Lunatic asylums Madras 1877-1891 - 1877-1891
Year: 1877
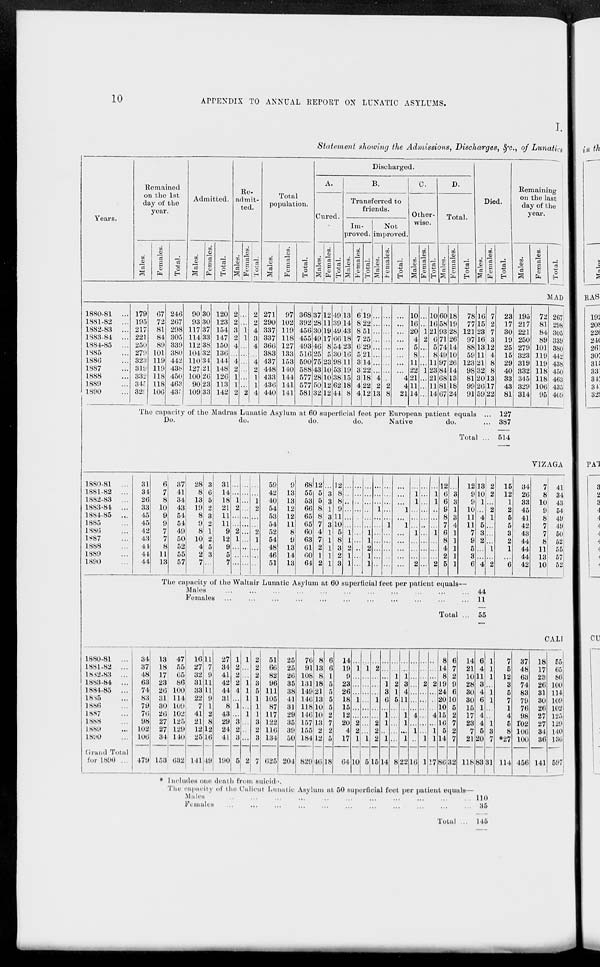
10
APPENDIX TO ANNUAL REPORT ON LUNATIC ASYLUMS.
I.
Statement showing the Admissions, Discharges, &c., of Lunatics
Years.
1880-81 ...
1881-82 ...
1882-83 ...
1883-84 ...
1884-85 ...
1885 ...
1886 ...
1887 ...
1888 ...
1889 ...
1890 ...
1880-81 ...
1881-82 ...
1882-83 ...
1883-84 ...
1884-85 ...
1885 ...
1886 ...
1887 ...
1888 ...
1889 ...
1890 ...
1880-81 ...
1881-82 ...
1882-83 ...
1883-84 ...
1884-85 ...
1885 ...
1886 ...
1887 ...
1888 ...
1889 ...
1890 ...
Grand Total
for 1890 ...
Remained
on the 1st
day of the
year.
Males.
Females.
Total.
Admitted.
Males.
Females.
Total.
Re-
admit-
ted.
Males.
Females.
Total.
Total
population.
Males.
Females.
Total.
Discharged.
A.
Cured.
Males.
Females.
Total.
B.
Transferred to
friends.
Im-
proved.
Males.
Females.
Total.
Not
improved.
Males.
Females.
Total.
C.
Other-
wise.
Males.
Females.
Total.
D.
Total.
Males.
Females.
Total.
Died.
Males.
Females.
Total.
Remaining
on the last
day of the
year.
Males.
Females.
Total.
MAD
179
195
217
221
250
279
323
319
332
345
329
67
72
81
84
89
101
119
119
118
118
106
246
267
298
305
339
380
442
438
450
463
435
90
93
117
114
112
104
110
127
100
90
109
30
30
37
33
38
32
34
21
26
23
33
120
123
154
147
150
136
144
148
126
113
142
2
2
3
2
4
...
4
2
1
1
2
...
...
1
1
...
...
...
...
...
...
2
2
2
4
3
4
...
4
2
1
1
4
271
290
337
337
366
383
437
448
433
436
440
97
102
119
118
127
133
153
140
144
141
141
368
392
456
455
493
516
590
588
577
577
581
37
28
30
49
46
25
75
43
28
50
32
12
11
19
17
8
5
23
10
10
12
12
49
39
49
66
54
30
98
53
38
62
44
13
14
43
18
23
16
11
19
15
18
8
6
8
8
7
6
5
3
3
3
4
4
19
22
51
25
29
21
14
22
18
22
12
...
...
...
...
...
...
...
...
4
2
13
...
...
...
...
...
...
...
...
...
2
8
...
...
...
...
...
...
...
...
4
...
4
21
10
16
20
4
5
8
11
22
21
11
14
...
...
1
2
...
...
1
...
...
...
10
16
21
6
5
8
11
23
21
11
14
60
58
93
71
74
49
97
84
68
81
67
18
19
28
26
14
10
26
14
13
18
24
78
77
121
97
88
59
123
98
81
99
91
16
15
23
16
13
11
21
32
20
26
59
7
2
7
3
12
4
8
8
13
17
22
The capacity of the Madras Lunatic Asylum at 60 superficial feet per European patient equals ...
Do.
do.
do.
do.
Native
do.
Total ...
23
17
30
19
25
15
29
40
33
43
81
127
387
514
195
217
221
250
279
323
319
332
345
329
314
72
81
84
89
101
119
119
118
118
106
95
267
298
305
339
380
442
438
450
463
435
409
VIZAGA
31
34
26
33
45
45
42
43
44
44
44
6
7
8
10
9
9
7
7
8
11
13
37
41
34
43
54
54
49
50
52
55
57
28
8
13
19
8
9
8
10
4
2
7
3
6
5
2
3
2
1
2
5
3
...
31
14
18
21
11
11
9
12
9
5
7
...
...
1
2
...
...
2
1
...
...
...
...
...
...
...
...
...
...
...
...
...
...
...
...
1
2
...
...
2
1
...
...
...
59
42
40
54
53
54
52
54
48
46
51
9
13
13
12
12
11
8
9
13
14
13
68
55
53
66
65
65
60
63
61
60
64
12
5
5
8
8
7
4
7
2
1
2
...
3
3
1
3
3
1
1
1
1
1
12
8
8
9
11
10
5
8
3
2
3
...
...
...
...
...
...
1
1
2
1
1
...
...
...
...
...
...
...
...
...
...
...
...
...
...
...
...
...
1
1
2
1
1
...
...
...
1
...
...
...
...
...
...
...
...
...
...
...
1
...
...
...
...
...
...
...
...
1
...
1
...
...
...
...
...
...
1
1
...
...
...
1
...
...
...
2
...
...
...
...
...
...
...
...
...
...
...
...
1
1
...
...
...
1
...
...
...
2
12
6
6
9
8
7
6
8
4
2
5
...
3
3
1
3
4
1
1
1
1
1
12
9
9
10
11
11
7
9
5
3
6
The capacity of the Waltair Lunatic Asylum at 60 superficial feet per patient equals—
Males ... ... ... ... ... ... ... ... ... ... ... ...
Females
...
...
...
...
...
...
...
...
...
...
...
...
Total ...
13
10
1
...
4
5
3
2
...
...
4
2
2
...
2
1
...
...
...
1
...
2
44
11
55
15
12
1
2
5
5
3
2
1
...
6
34
26
33
45
41
42
43
44
44
44
42
7
8
10
9
8
7
7
8
11
13
10
41
34
43
54
49
49
50
52
55
57
52
CALI
34
37
48
63
74
83
79
76
98
102
106
479
13
18
17
23
26
31
30
26
27
27
34
153
47
55
65
86
100
114
109
102
125
129
140
632
16
27
32
31
33
22
7
41
21
12
25
141
11
7
9
11
11
9
1
2
8
12
16
49
27
34
41
42
44
31
8
43
29
24
41
190
1
2
2
2
4
...
1
...
3
2
3
5
1
...
...
1
1
1
...
1
...
...
...
2
2
2
2
3
5
1
1
1
3
2
3
7
51
66
82
96
111
105
87
117
122
116
134
625
25
25
26
35
38
41
31
29
35
39
50
204
76
91
108
131
149
146
118
146
157
155
184
829
8
13
8
18
21
13
10
10
13
2
12
46
6
6
1
6
5
5
5
2
7
2
5
18
14
19
9
23
26
18
15
12
20
4
17
64
...
1
...
...
...
1
...
...
2
2
1
10
...
1
...
...
...
...
...
...
...
...
1
5
...
2
...
...
...
1
...
...
2
2
2
15
...
...
...
1
3
6
...
1
1
...
1
14
...
...
1
2
1
5
...
...
...
...
...
8
...
...
1
3
4
11
...
1
1
...
1
22
...
...
...
...
...
...
...
4
...
1
...
16
...
...
...
2
...
...
...
...
...
...
1
1
...
...
...
2
...
...
...
4
...
1
1
17
8
14
8
19
24
20
10
15
16
5
14
86
6
7
2
9
6
10
5
2
7
2
7
32
14
21
10
28
30
30
15
17
23
7
21
118
6
4
11
8
4
6
1
4
4
5
20
83
1
1
1
...
1
1
...
...
1
8
7
31
* Includes one death from suicid.
The capacity of the Calicut Lunatic Asylum at 50 superficial feet per patient equals—
Males ... ... ... ... ... ... ... ...
Females ... ... ... ... ... ... ... ...
Total ...
110
35
145
7
5
12
8
5
7
1
4
6
8
*27
114
37
48
63
74
88
79
76
98
102
106
100
456
18
17
23
26
31
30
26
27
27
34
36
141
55
65
86
100
114
109
102
125
129
140
136
597